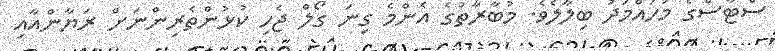
ސްޓާސްގެ މުހައްމަދު ބިލާލެވެ. މުބާރާތުގެ އެންމެ ގިނަ ގޯލް ޖެހި ކުޅުންތެރިންނަށް ރަޔާންއާއި